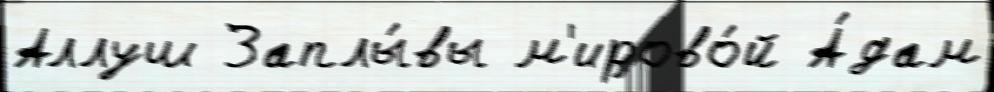
Аллуш Заплы́вы м'ирово́й А́дам